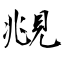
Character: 覜